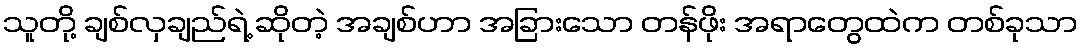
သူတို့ ချစ်လှချည်ရဲ့ ဆိုတဲ့ အချစ်ဟာ အခြားသော တန်ဖိုး အရာတွေထဲက တစ်ခုသာ